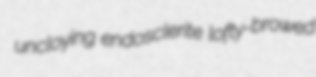
uncloying endosclerite lofty-browed